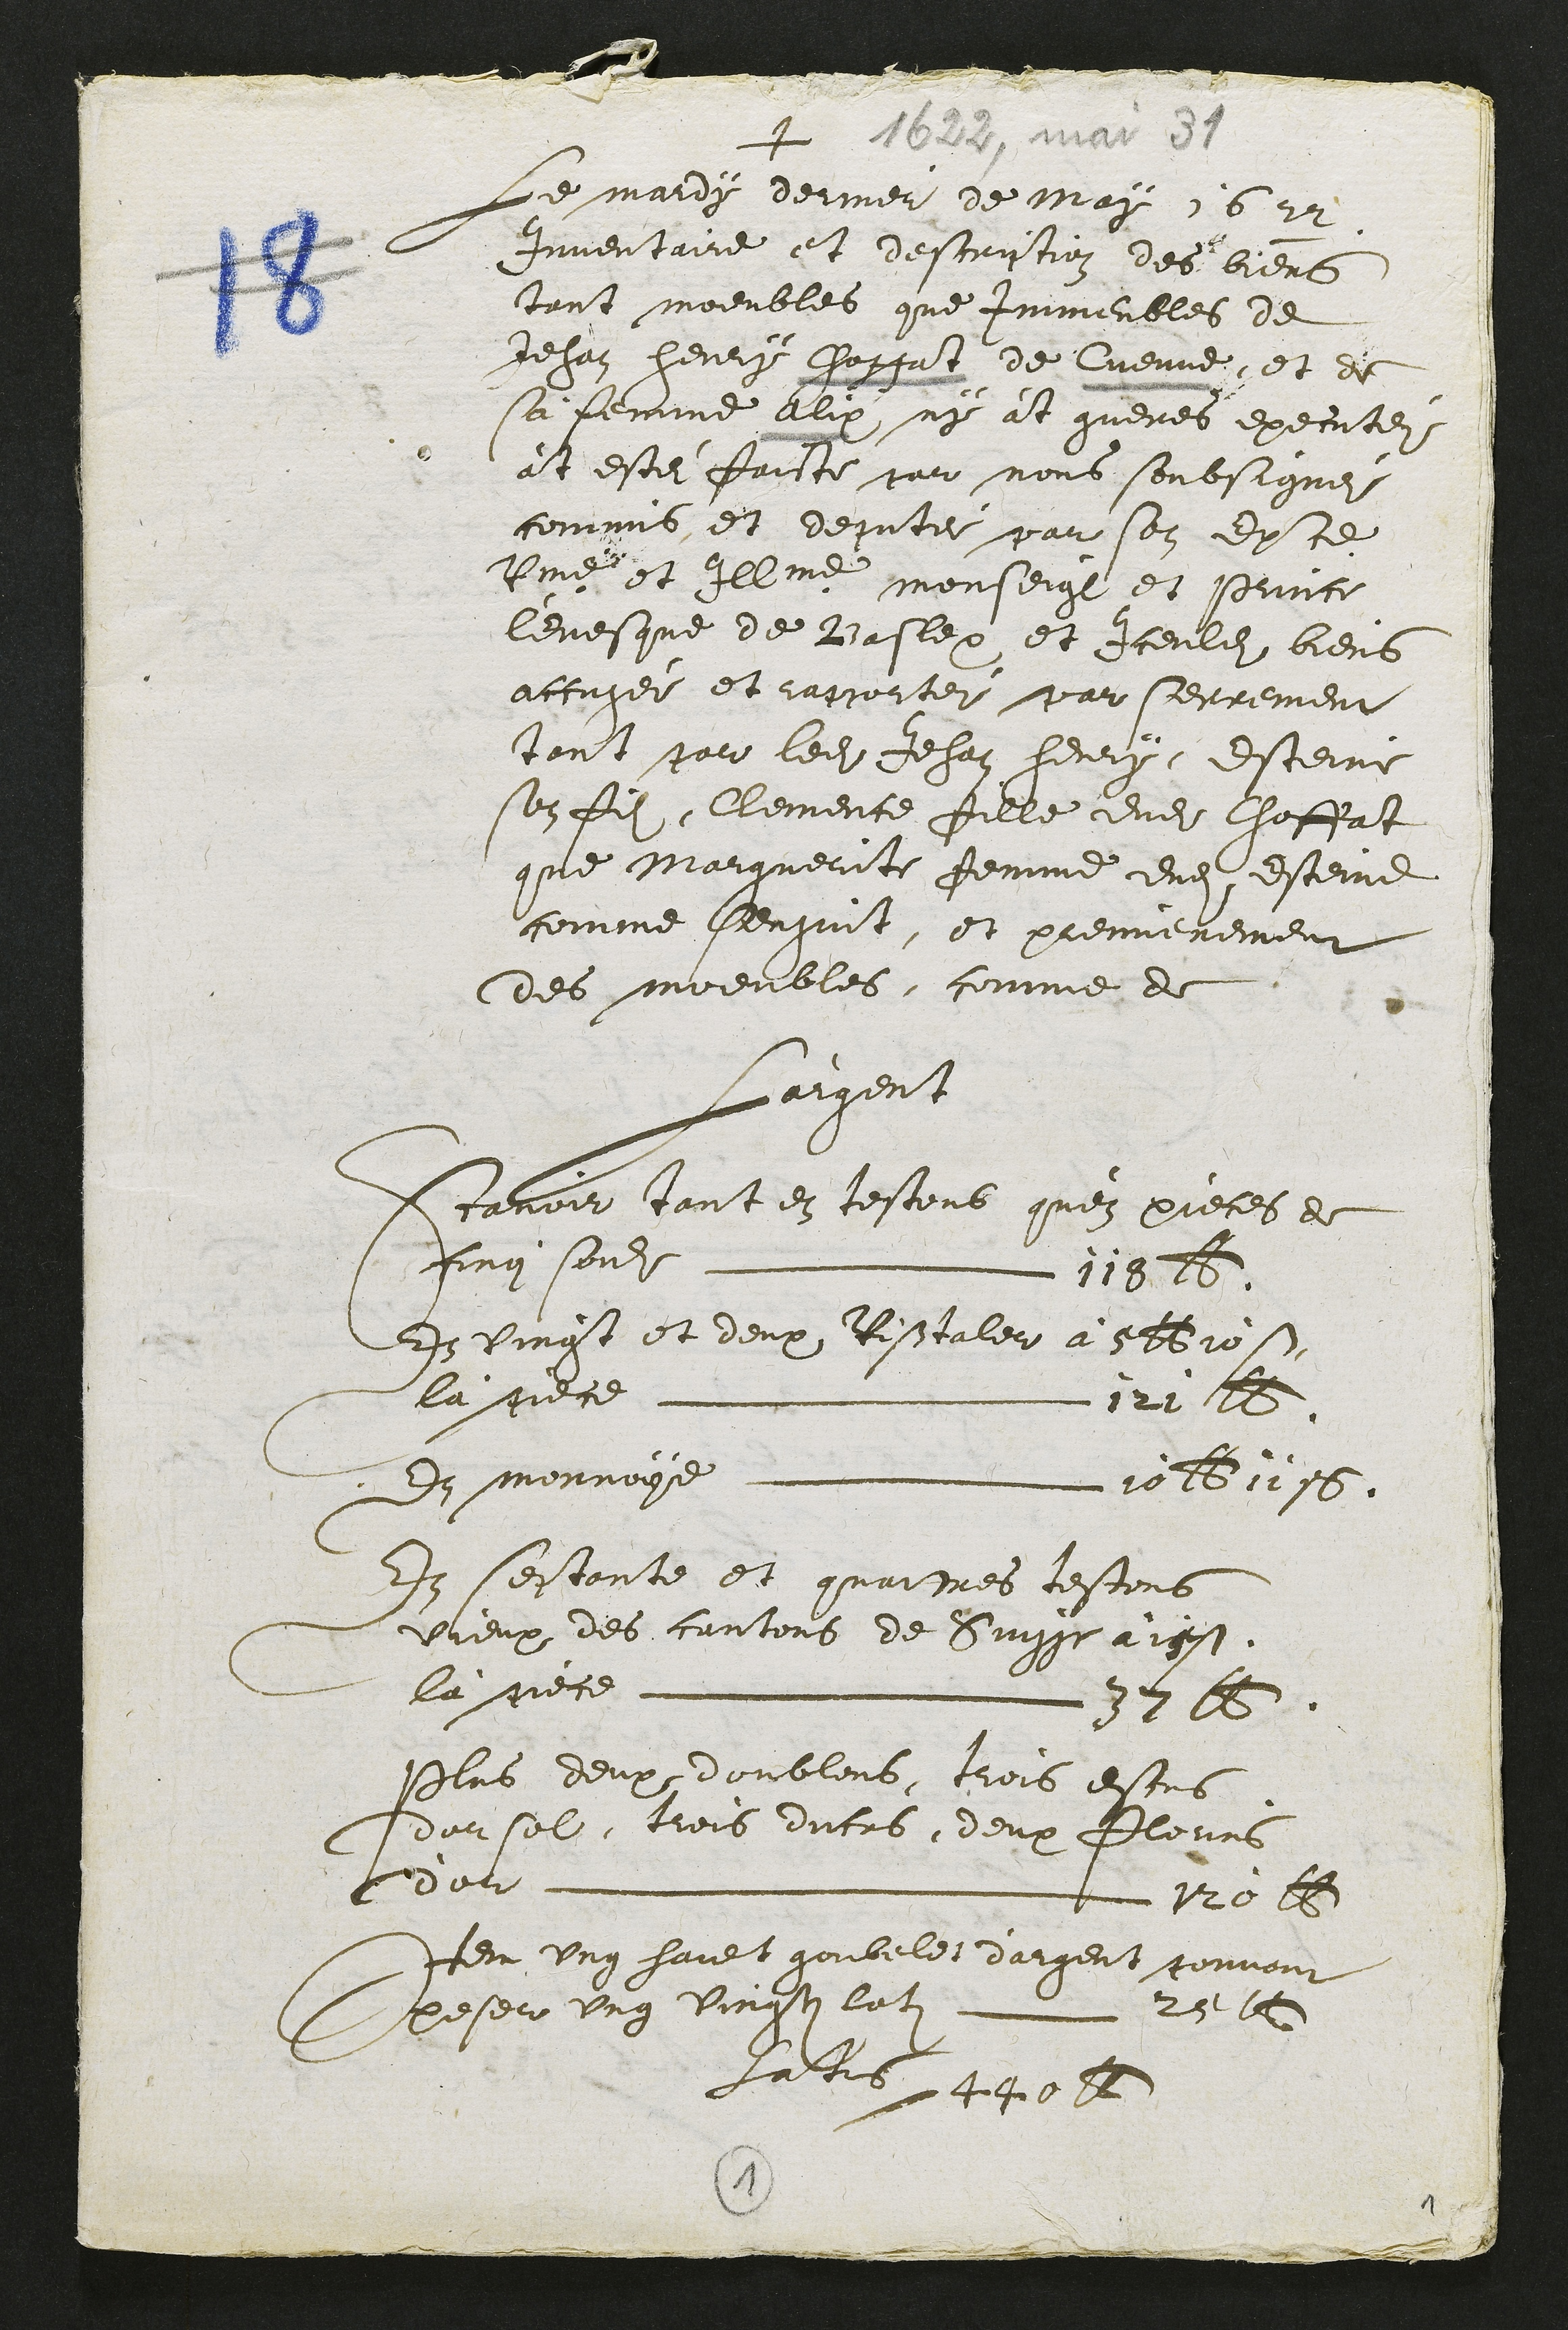
q Abaa mat et

Le maidg derner de May 16 12
Juventaie et descrestion des biers
Aauss moeibles que Immenbles de
Jehan hentg hofgat de Cuenne et de
sa femme Alix ne et guenes execue
et este faitte soir nous soubsigne
commis et depute paison dxce
Rines est Iline menseige et seune
levesque de Bastep et Iceulet bienb
accuges et capose soa erremen
peut sae ledit Jehan leuig Esteine
son fil, Clemence fille dudit Thoffalt
que Maiguemite femme dudit esteme
comme seuguit, et premierement
des moeubles comme de
Laigent
Itamni veust en tesconb quez pieces de
Pnoi soidte L 1va22
dr Riress et deux Rissvaler a gebrose
la siece Lrneeem etl
En merrege   o21116
It sestante et quaipes testons
vieup des cantons de Singge aigst.
la scece Lmrfeei S
Plus deux domblens trois estus
dansel, teis ducis deux Pours
p det. mm : : l l02
Pu Ung haies guibele dargens convour
Qesere ung Piresti lati a 2 l
gatisa

A
1